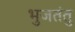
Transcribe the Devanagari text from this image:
भुजतंतु